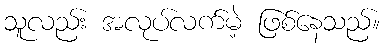
သူလည်း အလုပ်လက်မဲ့ ဖြစ်နေသည်။